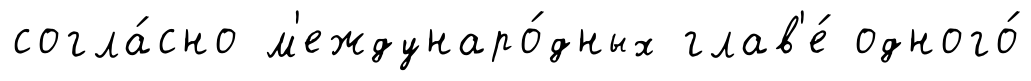
согла́сно м'еждунаро́дных глав'е́ одного́